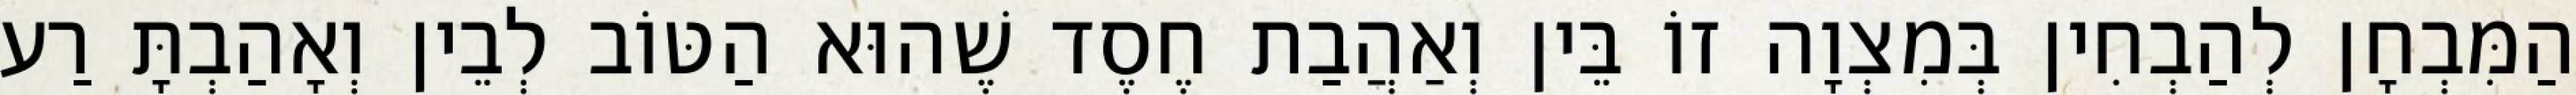
הַמִּבְחָן לְהַבְחִין בְּמִצְוָה זוֹ בֵּין וְאַהֲבַת חֶסֶד שֶׁהוּא הַטּוֹב לְבֵין וְאָהַבְתָּ רַע